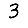
Digit: 3